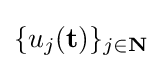
\{u_{j}(\mathbf {t} )\}_{j\in \mathbf {N} }